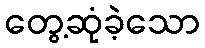
တွေ့ဆုံခဲ့သော